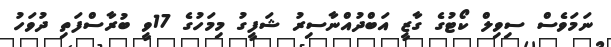
ނަމަވެސް ސިވިލް ކޯޓުގެ ގާޒީ އަބްދުއްނާސިރު ޝަފީގު މިމަހުގެ 17ވީ ބުރާސްފަތި ދުވަހު